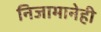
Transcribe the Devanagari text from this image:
निजामानेही